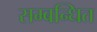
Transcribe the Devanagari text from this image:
सम्‍बन्‍धित